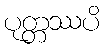
ပုတ္တဿပိ